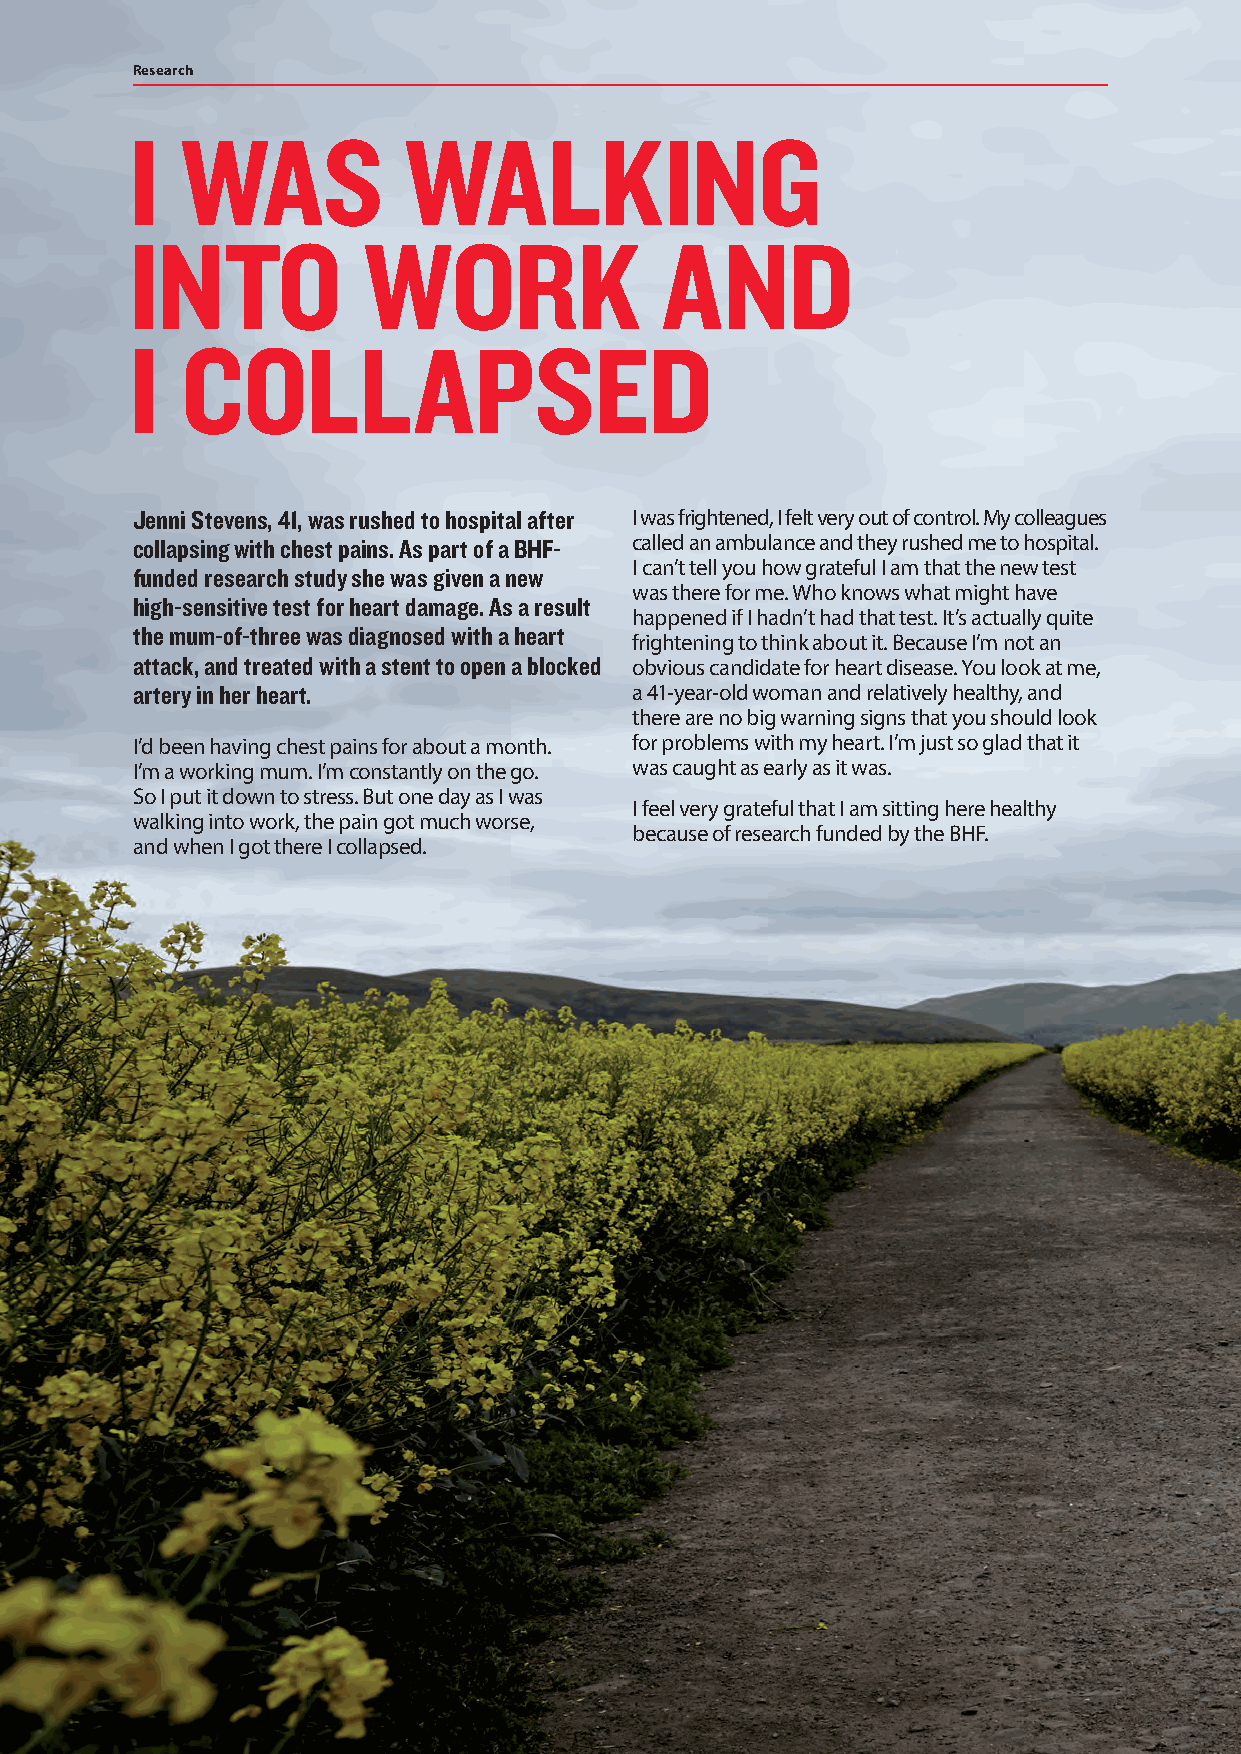
Research
 I  WAS            WALKING
 INTO           WORK                AND
 I  COLLAPSED
 Jenni Stevens, 41, was rushed to hospital after I was frightened, I felt very out of control. My colleagues
 collapsing with chest pains. As part of a BHF- called an ambulance and they rushed me to hospital.
 I can’t tell you how grateful I am that the new test
 funded research study she was given a new
 was there for me. Who knows what might have
 high-sensitive test for heart damage. As a result
 happened if I hadn’t had that test. It’s actually quite
 the mum-of-three was diagnosed with a heart
 frightening to think about it. Because I’m not an
 attack, and treated with a stent to open a blocked obvious candidate for heart disease. You look at me,
 artery in her heart.             a 41-year-old woman and relatively healthy, and
 there are no big warning signs that you should look
 I’d been having chest pains for about a month. for problems with my heart. I’m just so glad that it
 I’m a working mum. I’m constantly on the go. was caught as early as it was.
 So I put it down to stress. But one day as I was
 I feel very grateful that I am sitting here healthy
 walking into work, the pain got much worse,
 because of research funded by the BHF.
 and when I got there I collapsed.